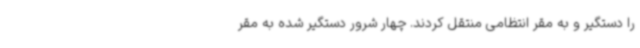
را دستگیر و به مقر انتظامی منتقل کردند. چهار شرور دستگیر شده به مقر